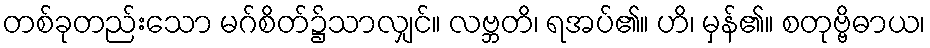
တစ်ခုတည်းသော မဂ်စိတ်၌သာလျှင်။ လဗ္ဘတိ၊ ရအပ်၏။ ဟိ၊ မှန်၏။ စတုဗ္ဗိဓာယ၊